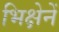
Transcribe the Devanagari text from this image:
भिक्षेनें